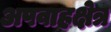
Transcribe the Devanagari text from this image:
अपवाहक्षेत्र